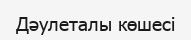
Дәулеталы көшесі